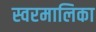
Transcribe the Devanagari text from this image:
स्वरमालिका